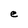
Character: e